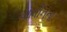
આધીનતા